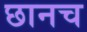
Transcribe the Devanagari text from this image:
छानच